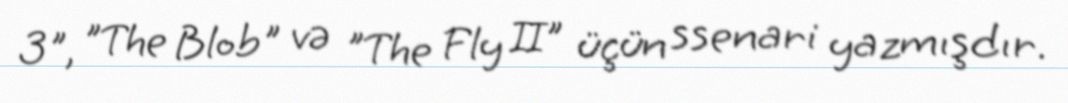
3", "The Blob" və "The Fly II" üçün ssenari yazmışdır.